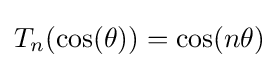
T_{n}(\cos(\theta ))=\cos(n\theta )